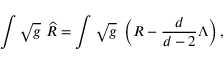
\int \sqrt { g } \ \widehat { R } = \int \sqrt { g } \ \left( R - \frac { d } { d - 2 } \Lambda \right) ,